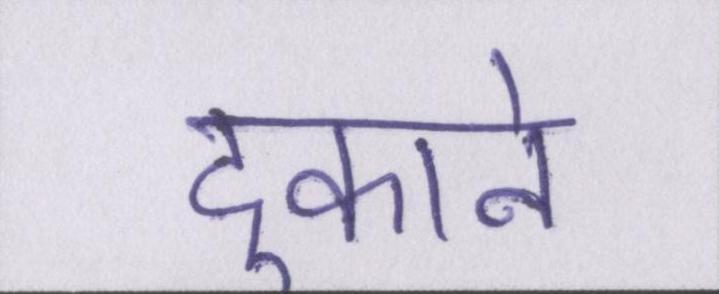
दुकाने